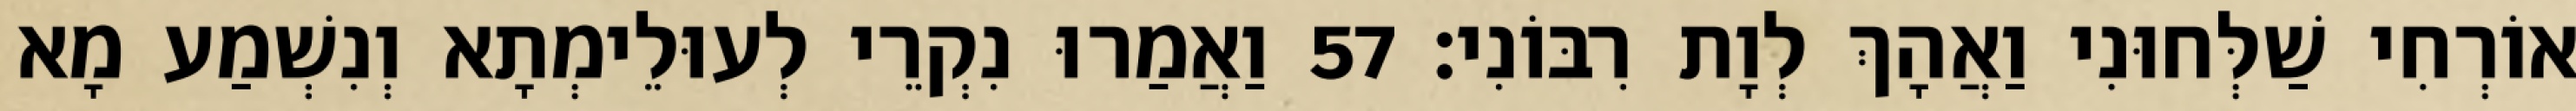
אוֹרְחִי שַׁלְּחוּנִי וַאֲהָךְ לְוָת רִבּוֹנִי׃ 57 וַאֲמַרוּ נִקְרֵי לְעוּלֵימְתָא וְנִשְׁמַע מָא